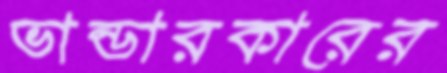
ভান্ডারকারের